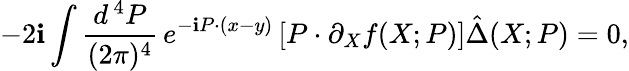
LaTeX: -2\mathbf{i}\int\frac{{d^{\, 4}P}}{{(2\pi)^{4}}}\, e^{-\mathbf{i}P\cdot(x-y)}\left[P\cdot\partial_{X}f(X;P)\right]\hat{{\Delta}}(X;P)=0,